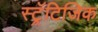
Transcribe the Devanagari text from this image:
स्ट्रॅटिजिक